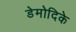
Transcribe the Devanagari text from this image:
डेमोदिके